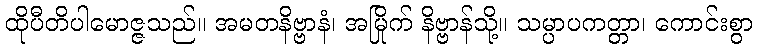
ထိုပီတိပါမောဇ္ဇသည်။ အမတနိဗ္ဗာနံ၊ အမြိုက် နိဗ္ဗာန်သို့။ သမ္ပာပကတ္တာ၊ ကောင်းစွာ